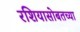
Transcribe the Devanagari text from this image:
रशियासोबतच्या